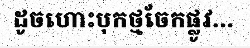
ដូចហោះបុកថ្មចែកផ្លូវ...